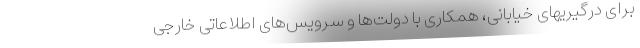
برای درگیریهای خیابانی، همکاری با دولت‌ها و سرویس‌های اطلاعاتی خارجی